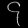
Digit: ၄